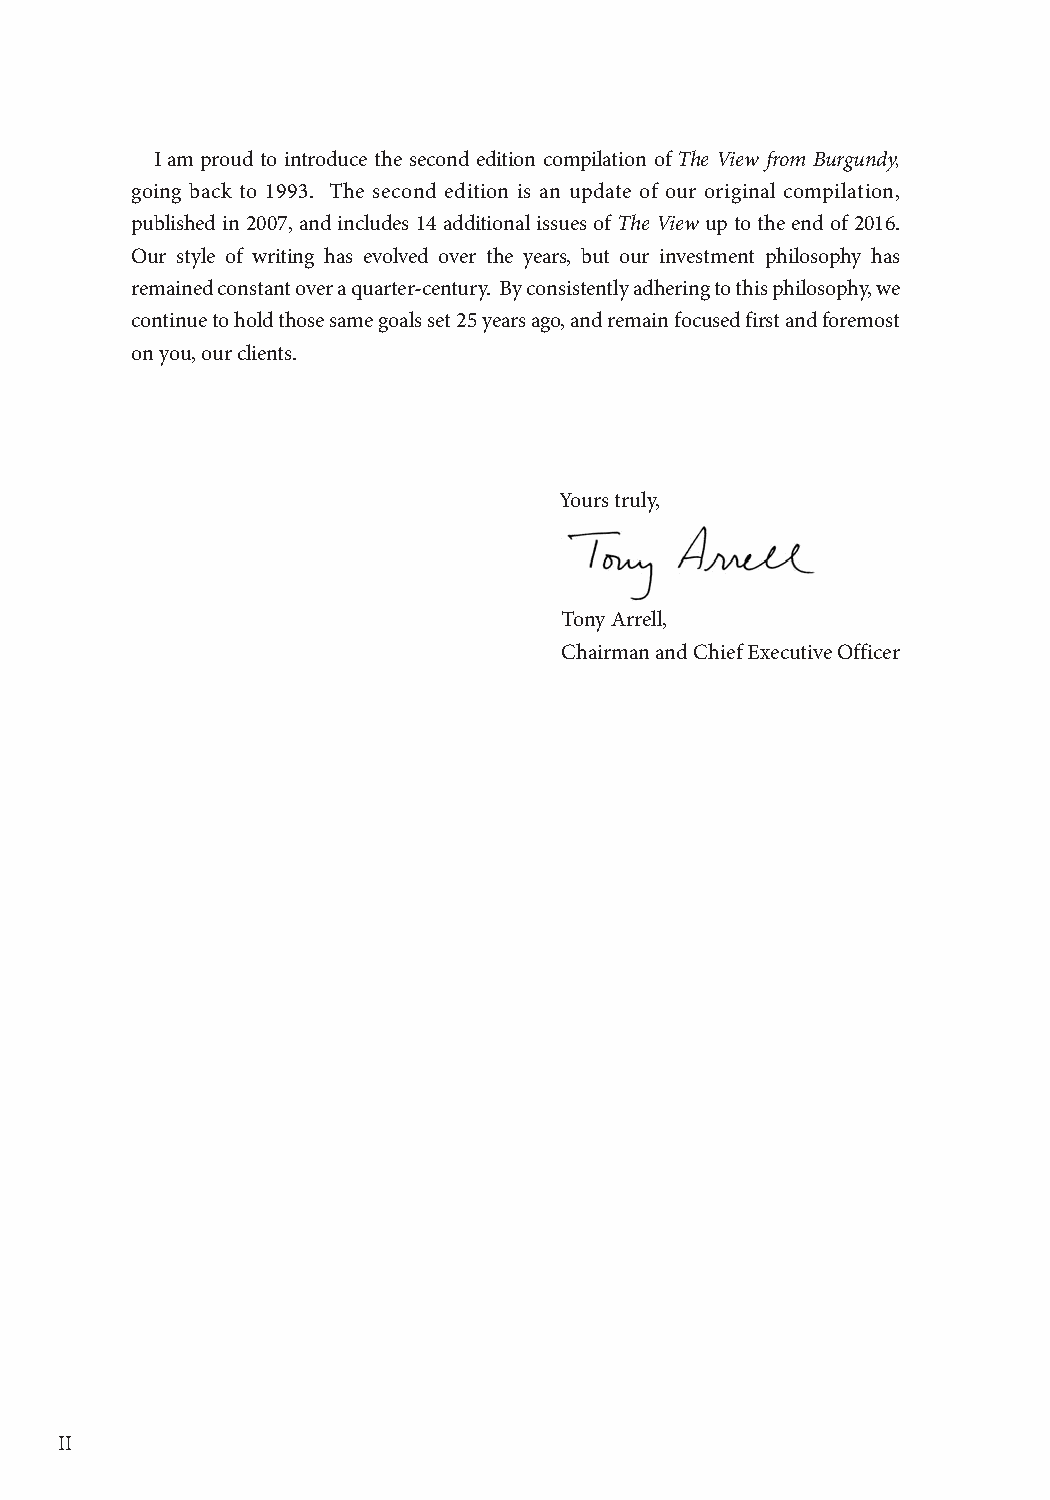
I am proud to introduce the second edition compilation of The View from Burgundy,
 going back to 1993. The second edition is an update of our original compilation,
 published in 2007, and includes 14 additional issues of The View up to the end of 2016.
 Our style of writing has evolved over the years, but our investment philosophy has
 remained constant over a quarter-century. By consistently adhering to this philosophy, we
 continue to hold those same goals set 25 years ago, and remain focused first and foremost
 on you, our clients.
 Yours truly,
 Tony Arrell,
 Chairman and Chief Executive Officer
 II